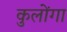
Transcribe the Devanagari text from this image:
कुलोंगा